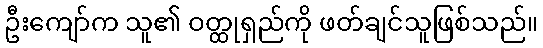
ဦးကျော်က သူ၏ ဝတ္ထုရှည်ကို ဖတ်ချင်သူဖြစ်သည်။